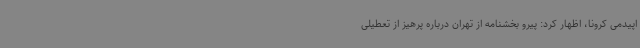
اپیدمی کرونا، اظهار کرد: پیرو بخشنامه از تهران درباره پرهیز از تعطیلی